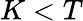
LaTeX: K<T